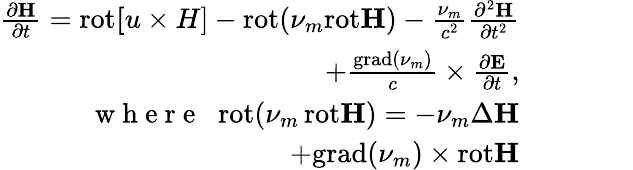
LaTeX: \begin{array}{r}{\frac{\partial{\mathbf H}}{\partial t}=\mathrm{rot}{\mathbf[u\times H]}-\mathrm{rot}(\nu_{m}\mathrm{rot}{\mathbf H})-\frac{\nu_{m}}{c^{2}}\frac{\partial^{2}{\mathbf H}}{\partial t^{2}}\qquad\qquad}\\ {+\frac{\mathrm{grad}(\nu_{m})}{c}\times\frac{\partial{\mathbf E}}{\partial t},\qquad\qquad}\\ {{{\mathrm{~w~h~e~r~e~}}}\; \; \mathrm{rot}(\nu_{m}\, \mathrm{rot}{\mathbf H})=-\nu_{m}\Delta{\mathbf H}\qquad\qquad}\\ {+\mathrm{grad}(\nu_{m})\times\mathrm{rot}{\mathbf H}\qquad\qquad}\end{array}